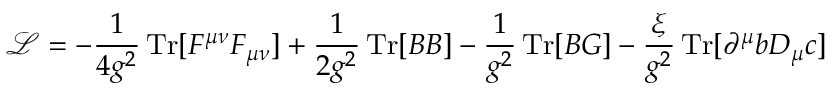
{ \mathcal { L } } = - { \frac { 1 } { 4 g ^ { 2 } } } \operatorname { T r } [ F ^ { \mu \nu } F _ { \mu \nu } ] + { \frac { 1 } { 2 g ^ { 2 } } } \operatorname { T r } [ B B ] - { \frac { 1 } { g ^ { 2 } } } \operatorname { T r } [ B G ] - { \frac { \xi } { g ^ { 2 } } } \operatorname { T r } [ \partial ^ { \mu } b D _ { \mu } c ]